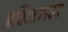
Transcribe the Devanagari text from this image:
प्रतिभासवद